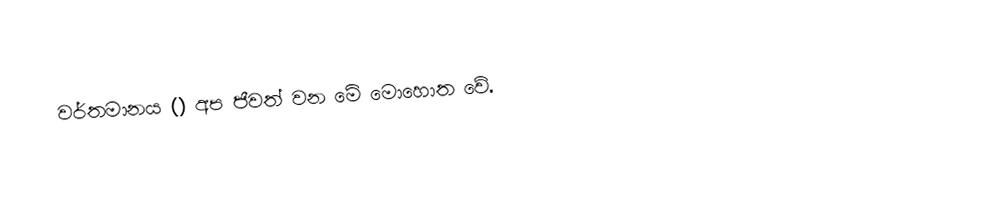
වර්තමානය () අප ජීවත් වන මේ මොහොත වේ.